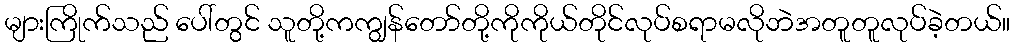
များကြိုက်သည် ပေါ်တွင် သူတို့ကကျွန်တော်တို့ကိုကိုယ်တိုင်လုပ်စရာမလိုဘဲအတူတူလုပ်ခဲ့တယ်။